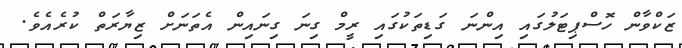
ޒަކްވާން ހޮސްޕިޓަލުގައި އިންނަ ގަޑިތަކުގައި ރީމް ގިނަ ގިނައިން އެތަނަށް ޒިޔާރަތް ކުރެއެވެ.